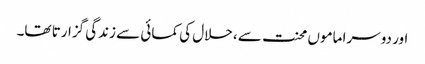
اور دوسرا ماموں محنت سے ،حلال کی کمائی سے زندگی گزارتا تھا۔